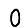
Digit: 0